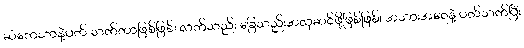
ဆံကေသာနဲ့ပတ် သက်တာဖြစ်ဖြစ်၊ လက်သည်း ခြေသည်းအလှဆင်ဖို့ဖြစ်ဖြစ်၊ အသားအရေနဲ့ ပတ်သက်ပြီး